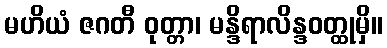
မဟိယံ ဇဂတီ ဝုတ္တာ၊ မန္ဒိရာလိန္ဒဝတ္ထုမှိ။